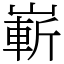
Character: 嶄